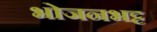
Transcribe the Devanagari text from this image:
भोजनभट्ट